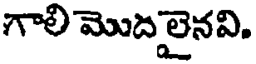
గాలి మొద లైనవి.